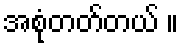
အစုံတတ်တယ် ။